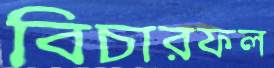
বিচারফল